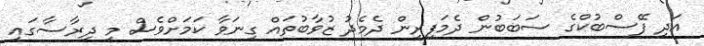
އަދި ފޭސްބުކްގެ ސަބަބުން ދެމަފިރިން ދެމެދު ޒުވާބުތައް ގިނަވާ ކަމަށްވެސް މި ދިރާސާގައި